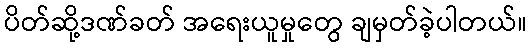
ပိတ်ဆို့ဒဏ်ခတ် အရေးယူမှုတွေ ချမှတ်ခဲ့ပါတယ်။